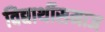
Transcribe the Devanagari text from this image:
विद्यार्थीसमाज